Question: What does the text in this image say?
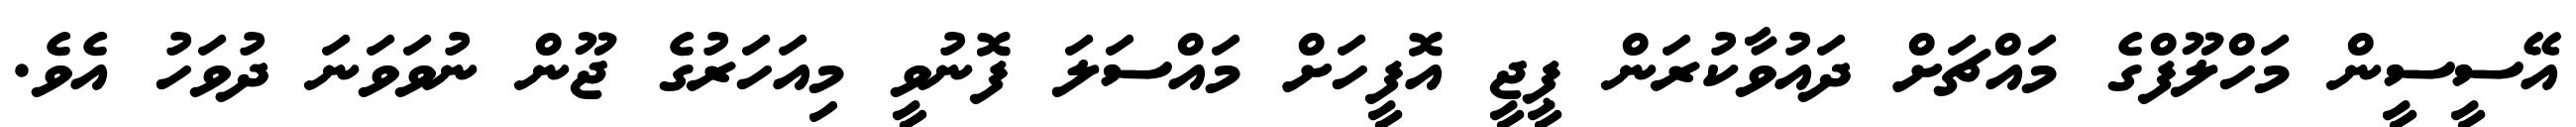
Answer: އޭސީސީން މަހްލޫފްގެ މައްޗަށް ދައުވާކުރަން ޕީޖީ އޮފީހަށް މައްސަލަ ފޮނުވީ މިއަހަރުގެ ޖޫން ނުވަވަނަ ދުވަހު އެވެ.